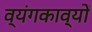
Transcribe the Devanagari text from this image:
व्यंगकाव्यों